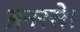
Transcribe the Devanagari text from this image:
अनरसे।